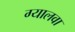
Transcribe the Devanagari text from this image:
ग्यालवा